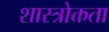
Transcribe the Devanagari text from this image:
शास्त्रोक्तता